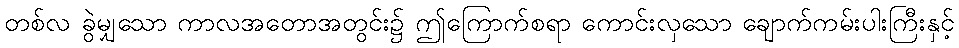
တစ်လ ခွဲမျှသော ကာလအတောအတွင်း၌ ဤကြောက်စရာ ကောင်းလှသော ချောက်ကမ်းပါးကြီးနှင့်